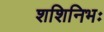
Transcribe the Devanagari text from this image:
शशिनिभः